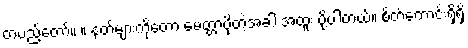
တပည့်တော်။ ။ နတ်များကိုတော့ မေတ္တာပို့တဲ့အခါ အထူး ပို့ပါတယ်။ စိတ်ကောင်းရှိရှိ